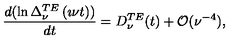
\frac { d ( \ln \Delta _ { \nu } ^ { T E } \left( \imath \nu t \right) ) } { d t } = D _ { \nu } ^ { T E } ( t ) + \mathcal { O } ( \nu ^ { - 4 } ) ,